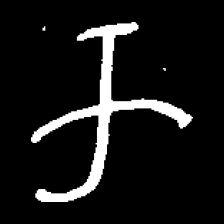
Pyu character \u2014 Myanmar letter: က (romanized: ka)